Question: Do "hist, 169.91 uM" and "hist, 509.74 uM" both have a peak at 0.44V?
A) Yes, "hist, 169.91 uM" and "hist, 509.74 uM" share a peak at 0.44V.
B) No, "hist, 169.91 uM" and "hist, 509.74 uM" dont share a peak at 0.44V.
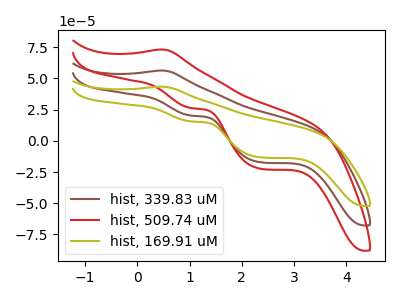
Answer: <think>The brown curve "hist, 339.83 uM" has an anodic peak at (0.45V, 56.30uA) and cathodic peaks at (1.05V, 20.20uA) (2.35V, -17.25uA). The red curve "hist, 509.74 uM" has an anodic peak at (0.45V, 112.60uA) and cathodic peaks at (1.05V, 40.40uA) (2.35V, -34.50uA). The olive curve "hist, 169.91 uM" has an anodic peak at (0.45V, 43.35uA) and cathodic peaks at (1.05V, 15.55uA) (2.35V, -13.30uA).</think>
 <answer>A) Yes, "hist, 169.91 uM" and "hist, 509.74 uM" share a peak at 0.44V.</answer>
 <eval>A</eval>